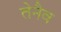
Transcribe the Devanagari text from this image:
तेनैव